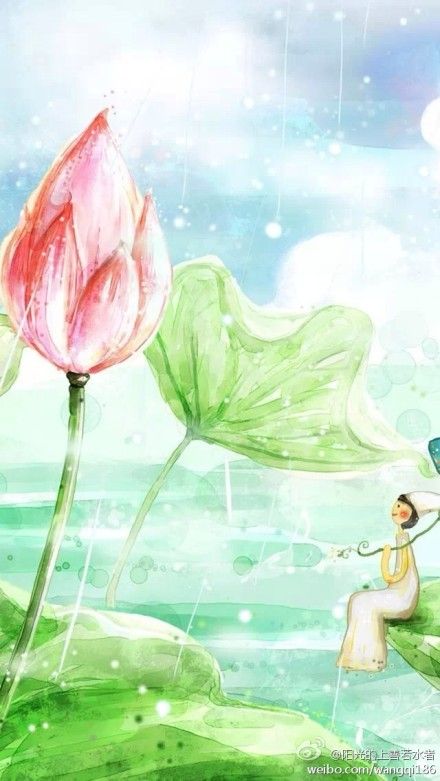
祸患常积于忽微，而智勇多困于所溺